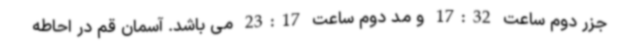
جزر دوم ساعت 17:32 و مد دوم ساعت 23:17 می باشد. آسمان قم در احاطه